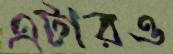
এটারও